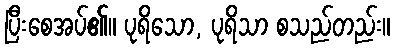
ပြီးစေအပ်၏။ ပုရိသော, ပုရိသာ စသည်တည်း။